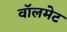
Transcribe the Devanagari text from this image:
वॉलमेट